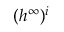
( { h ^ { \infty } } ) ^ { i }